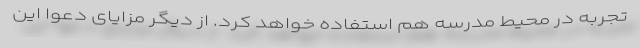
تجربه در محیط مدرسه هم استفاده خواهد کرد. از دیگر مزایای دعوا این